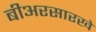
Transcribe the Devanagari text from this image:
बीअरसारखे